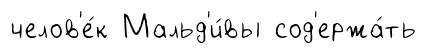
челов'е́к Мальд'и́вы сод'ержа́ть